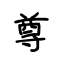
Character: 尊